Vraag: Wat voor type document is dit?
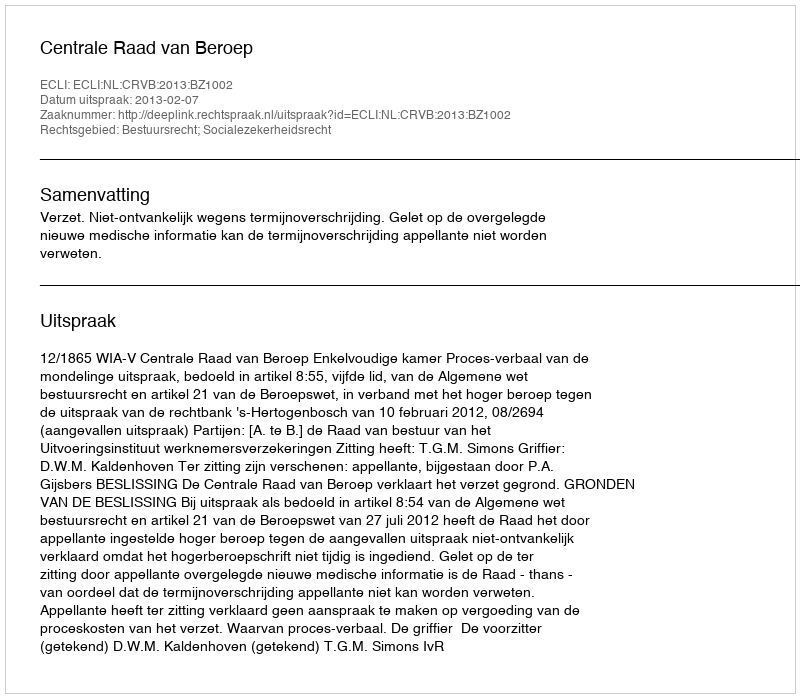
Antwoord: Uitspraak